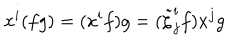
x ^ { i } ( f g ) = ( x ^ { i } f ) g = ( \tilde { \zeta } _ { j } ^ { i } f ) x ^ { j } g